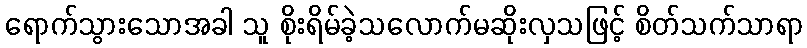
ရောက်သွားသောအခါ သူ စိုးရိမ်ခဲ့သလောက်မဆိုးလှသဖြင့် စိတ်သက်သာရာ